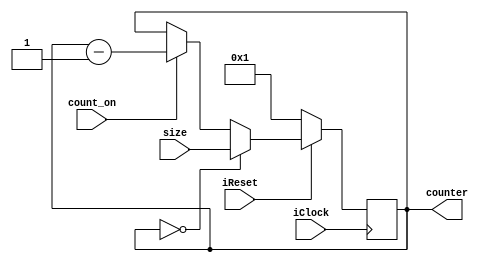


module count (input iClock, iReset, input [11:0] size, input count_on, output reg [11:0] counter);
	always@(posedge iClock)
	begin
		if(!iReset) begin
			counter <= 'd1;			
		end else if(counter == 'b0) begin
			counter <= size;
		end else if(count_on) begin
			counter <= counter - 'b1;
		end
	end
endmodule